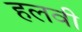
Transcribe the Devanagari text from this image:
हलवी